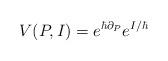
LaTeX: \begin{align*} V(P, I) = e^{\hbar \partial_P}e^{I/\hbar}\end{align*}